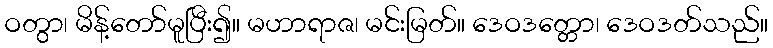
ဝတွာ၊ မိန့်တော်မူပြီး၍။ မဟာရာဇ၊ မင်းမြတ်။ ဒေဝဒတ္တော၊ ဒေဝဒတ်သည်။